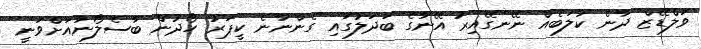
ވަލްޑޭޒް ދާނެ ކުލަބެއް ނޭނގޭއިރު އޭނާގެ ބަދަލުގައި ގެންނާނެ ކީޕަރު ހޯދުން ބާސެލޯނާއަށްވަނީ